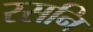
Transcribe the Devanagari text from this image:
रसनि